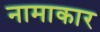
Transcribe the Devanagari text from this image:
नामाकार